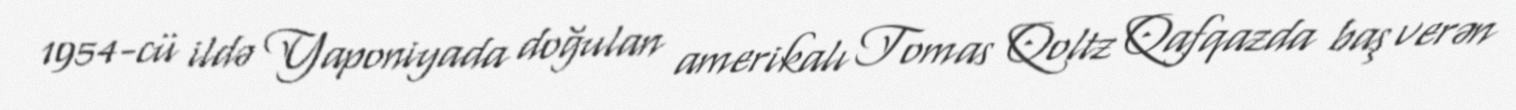
1954-cü ildə Yaponiyada doğulan amerikalı Tomas Qoltz Qafqazda baş verən